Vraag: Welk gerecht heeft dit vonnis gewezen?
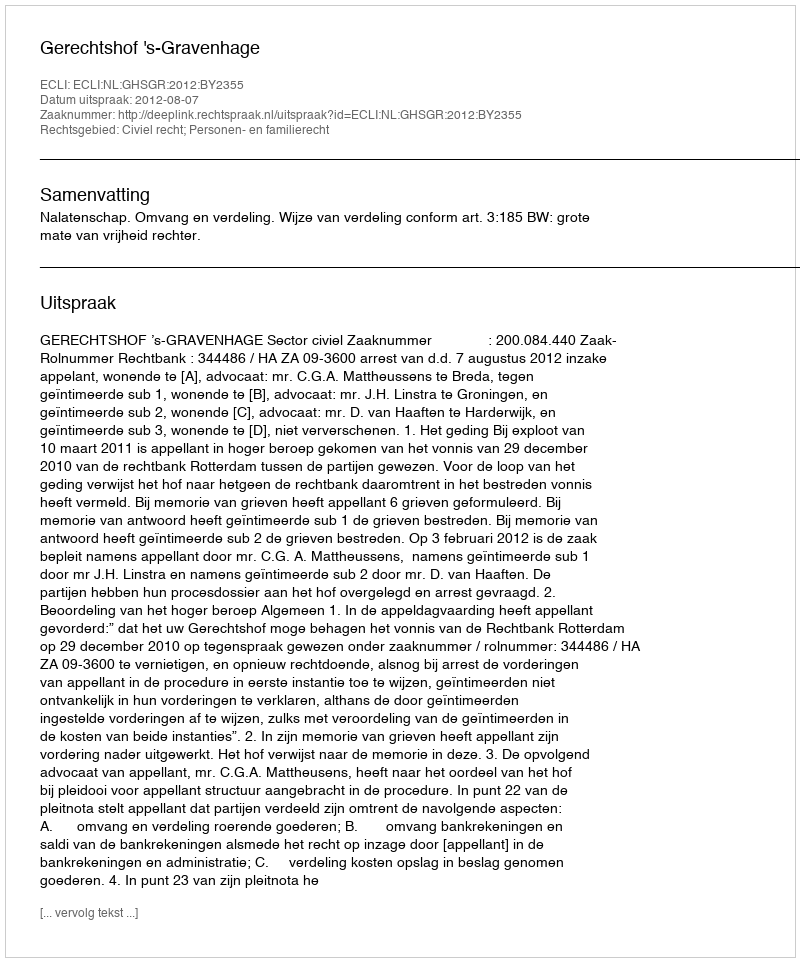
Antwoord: Gerechtshof 's-Gravenhage